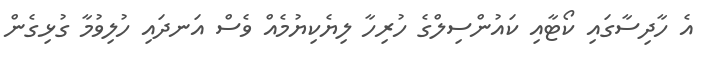
އެ ހާދިސާގައި ކޯޓާއި ކައުންސިލްގެ ހުރިހާ ލިޔެކިޔުމެއް ވެސް އަނދައި ހުލިވުމާ ގުޅިގެން